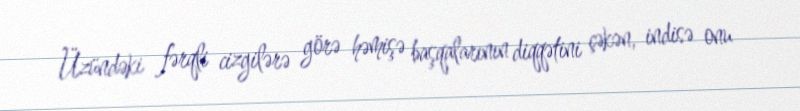
Üzündəki fərqli cizgilərə görə həmişə başqalarının diqqətini çəkən, indisə onu